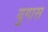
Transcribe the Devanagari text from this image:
युगास